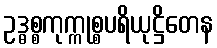
ဥဒ္ဓစ္စကုက္ကုစ္စပရိယုဋ္ဌိတေန